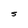
Character: S